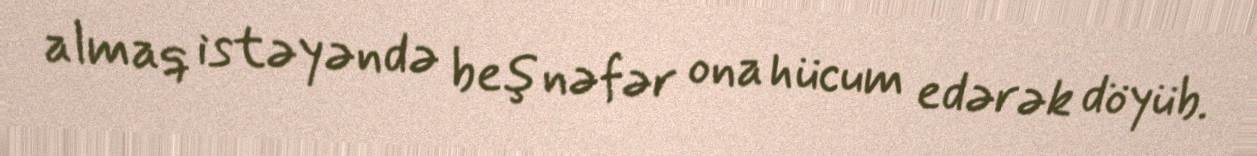
almaq istəyəndə beş nəfər ona hücum edərək döyüb.